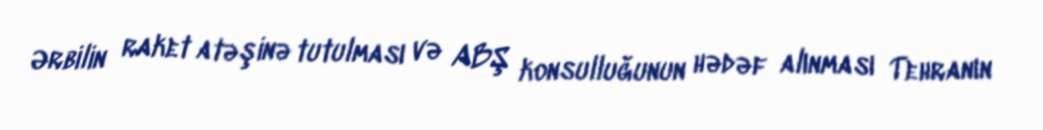
Ərbilin raket atəşinə tutulması və ABŞ konsulluğunun hədəf alınması Tehranın